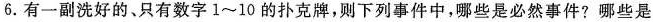
6.有一副洗好的、只有数字1~10的扑克牌，则下列事件中，哪些是必然事件?哪些是